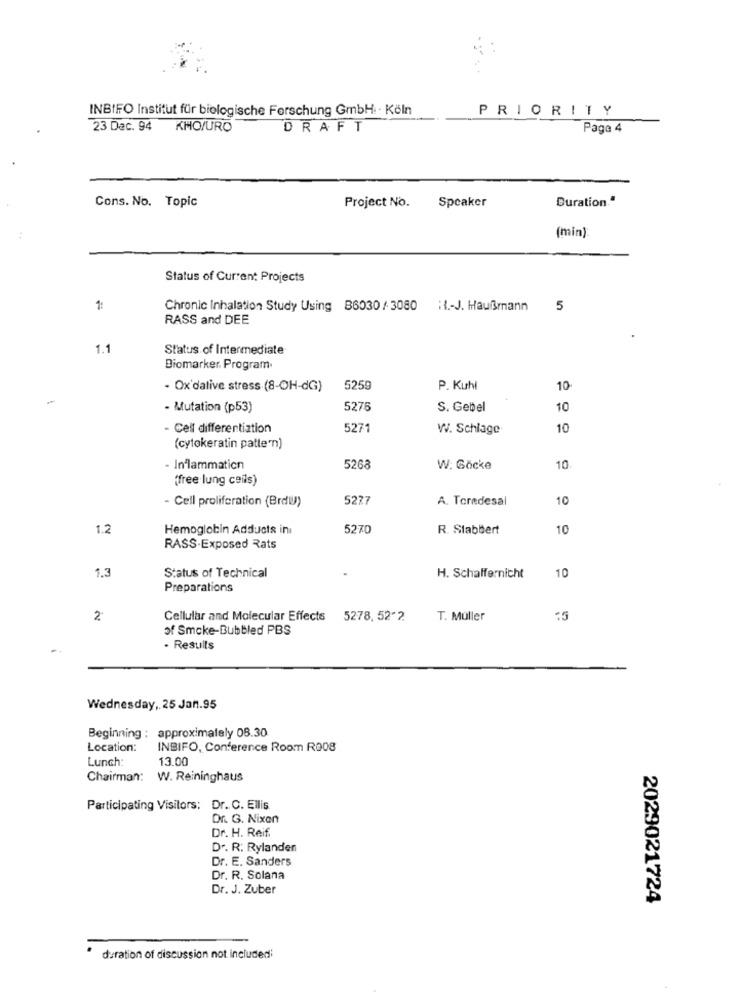
INBIFO Institut für biologische Forschung GmbH: · Köln
PRIORITY
23 Dec. 94
KMO/URO
DRAFT
Page 4
Cons. No. Topic
Speaker
Duration."
Project No.
(min)
Status of Current Projects
1:
Chronic Inhalation Study Using B6030 / 3080 :1 .- J. Haußmann
5
RASS and DEE
1.1
Status of Intermediate
Biomarker. Program.
- Ox'dative stress (8-OH-dG)
5259
P. Kuhl
10
- Mutation (p53)
5275
S. Gebel
10
- Cell differentiation
5271
W. Schlage
10
(cytokeratin patte'n)
- Inflammation
5268
W: Göcke
10
"free lung ceils)
- Cell proliferation (Brdu))
5227
A. Toredesal
10
1.2
Hemoglobin Adducts ini
5270
R. Stabbert
10
RASS-Exposed Rats
1.3
Status of Technical
10
H. Schaffernicht
Preparations
2
Cellular and Molecular Effects 5278, 52-2.
T. Müller
of Smoke-Bubbled PBS
. Results
Wednesday, 25 Jan.95
Beginning : approximately 08.30
Location:
INBIFO, Conference Room R008
Lunch
13.00
Chairman: W. Reininghaus
Participating Visitors: Dr. C. Ellis
Dr. G. Nixen
Dr. H. Reif.
Dr. R. Rylanden
Dr. E. Sanders
Dr. R. Solana
Dr. J. Zuber
2029021724
duration of discussion not includedi